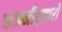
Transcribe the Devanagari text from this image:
कान्नीद्झारो